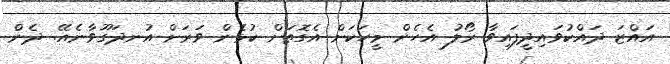
އައްޒަ ދައްކުވައިދީފައިވާ ރޯލު އެހެން މީހަކަށް އެގޮތަށް ކުޅެން ވަރަށް އުނދަގޫވާނެއޭ. ދެން